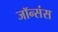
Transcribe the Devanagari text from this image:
जॉन्संस